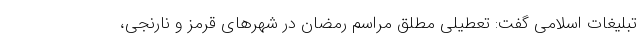
تبلیغات اسلامی گفت: تعطیلی مطلق مراسم رمضان در شهرهای قرمز و نارنجی،